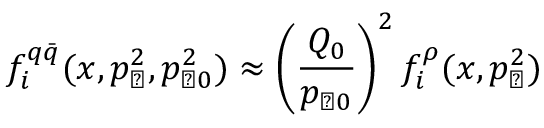
f _ { i } ^ { q \bar { q } } ( x , p _ { \perp } ^ { 2 } , p _ { \perp 0 } ^ { 2 } ) \approx \left( \frac { Q _ { 0 } } { p _ { \perp 0 } } \right) ^ { 2 } f _ { i } ^ { \rho } ( x , p _ { \perp } ^ { 2 } )